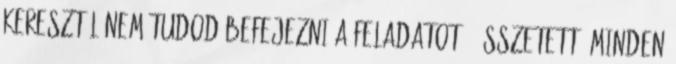
keresztül nem tudod befejezni a feladatot - Összetett: Minden